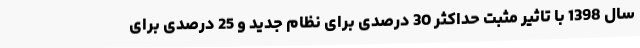
سال 1398 با تاثیر مثبت حداکثر 30 درصدی برای نظام جدید و 25 درصدی برای